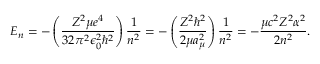
E _ { n } = - \left( { \frac { Z ^ { 2 } \mu e ^ { 4 } } { 3 2 \pi ^ { 2 } \epsilon _ { 0 } ^ { 2 } \hbar ^ { 2 } } } \right) { \frac { 1 } { n ^ { 2 } } } = - \left( { \frac { Z ^ { 2 } \hbar ^ { 2 } } { 2 \mu a _ { \mu } ^ { 2 } } } \right) { \frac { 1 } { n ^ { 2 } } } = - { \frac { \mu c ^ { 2 } Z ^ { 2 } \alpha ^ { 2 } } { 2 n ^ { 2 } } } .